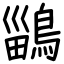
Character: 鶅